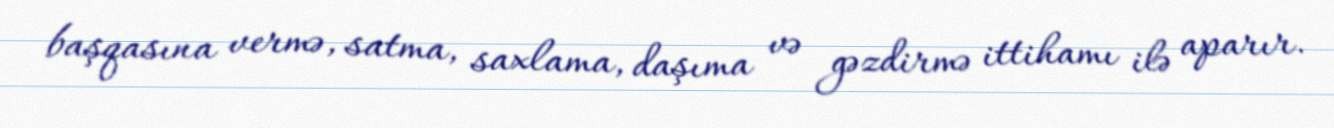
başqasına vermə, satma, saxlama, daşıma və gəzdirmə ittihamı ilə aparır.